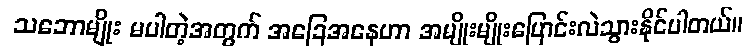
သဘောမျိုး မပါတဲ့အတွက် အခြေအနေဟာ အမျိုးမျိုးပြောင်းလဲသွားနိုင်ပါတယ်။